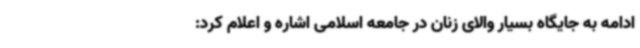
ادامه به جایگاه بسیار والای زنان در جامعه اسلامی اشاره و اعلام کرد: